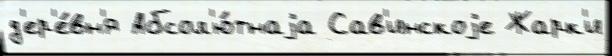
д'ер'е́вн'я Абсол'ю́тнаjа Сав'инскоjе Жарк'и